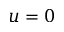
u = 0